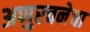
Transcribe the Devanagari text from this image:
अणुरचनेचा